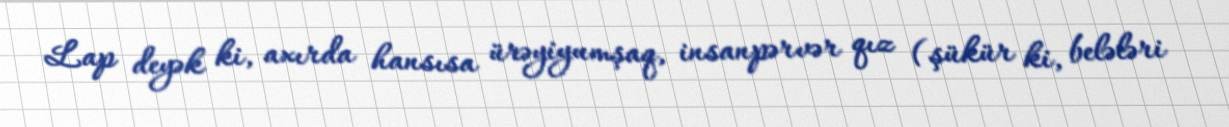
Lap deyək ki, axırda hansısa ürəyiyumşaq, insanpərvər qız (şükür ki, belələri